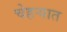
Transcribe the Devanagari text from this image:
चेहऱ्यात